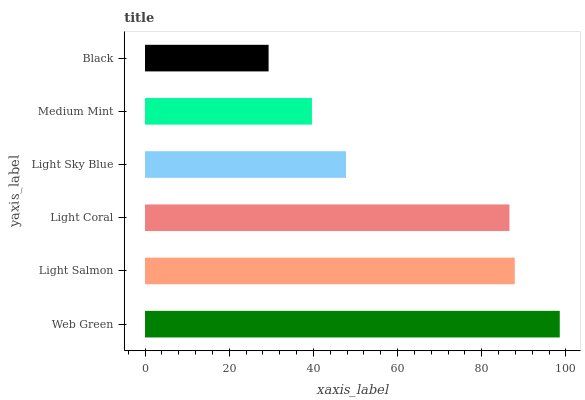
| yaxis_label | bars |
 | --- | --- |
 | Web Green | 98.5 |
 | Light Salmon | 87.9 |
 | Light Coral | 86.6 |
 | Light Sky Blue | 47.8 |
 | Medium Mint | 39.7 |
 | Black | 29.4 |